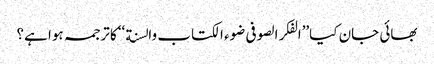
بھائی جان کیا’’الفکر الصوفی ضوء الکتاب والسنة ‘‘کا ترجمہ ہوا ہے؟